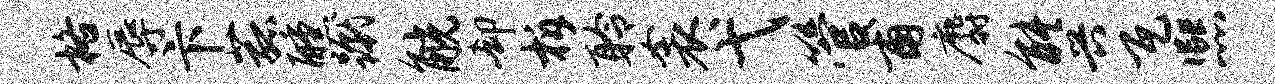
格辱卞菰醺蹴觥却柝聆衾弋管甫麝能兴瓦熙